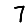
Digit: 7